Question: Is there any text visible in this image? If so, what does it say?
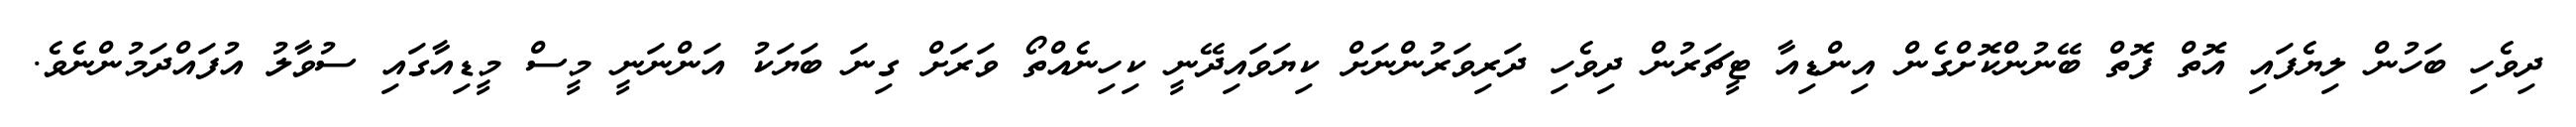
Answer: ދިވެހި ބަހުން ލިޔެފައި އޮތް ފޮތް ބޭނުންކޮށްގެން އިންޑިއާ ޓީޗަރުން ދިވެހި ދަރިވަރުންނަށް ކިޔަވައިދޭނީ ކިހިނެއްތޯ ވަރަށް ގިނަ ބަޔަކު އަންނަނީ މީސް މީޑިއާގައި ސުވާލު އުފައްދަމުންނެވެ.